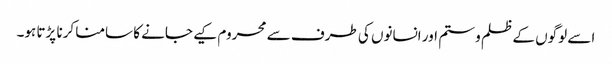
اسے لوگوں کے ظلم و ستم اور انسانوں کی طرف سے محروم کیے جانے کا سامنا کرنا پڑتا ہو۔